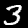
Digit: 3